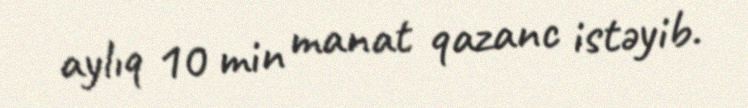
aylıq 10 min manat qazanc istəyib.